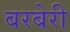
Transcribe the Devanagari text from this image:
बरबेरी